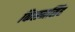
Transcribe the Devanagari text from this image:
किसनसिंह